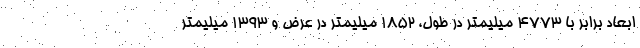
ابعاد برابر با 4773 میلیمتر در طول، 1852 میلیمتر در عرض و 1393 میلیمتر